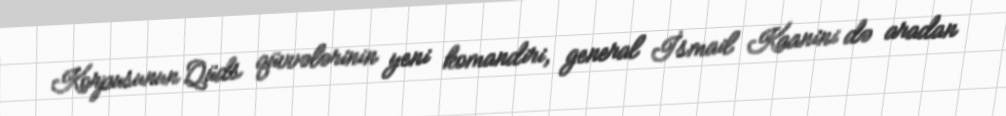
Korpusunun Qüds qüvvələrinin yeni komandiri, general İsmail Kaanini də aradan